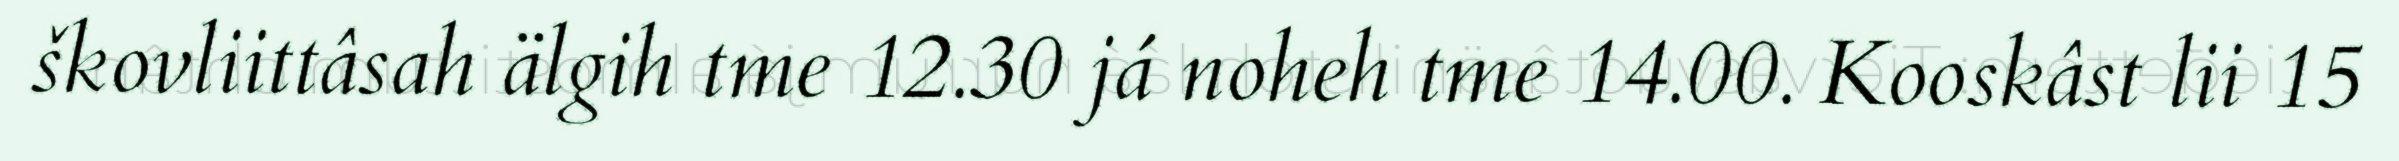
škovliittâsah älgih tme 12.30 já noheh tme 14.00. Kooskâst lii 15